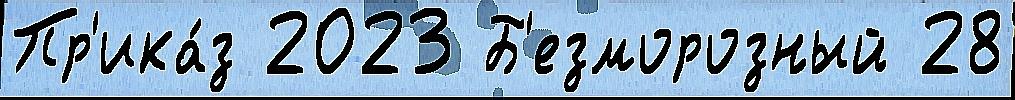
Пр'ика́з 2023 Б'езморозный 28